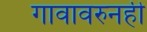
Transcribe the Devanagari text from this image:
गावावरुनही